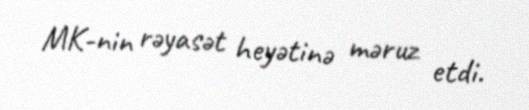
MK-nin rəyasət heyətinə məruz etdi.